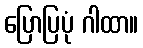
ပြောပြပုံ ဂါထာ။